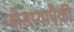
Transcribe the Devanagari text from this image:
जोडप्यापैकी